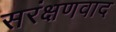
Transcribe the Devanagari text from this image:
सरंक्षणवाद